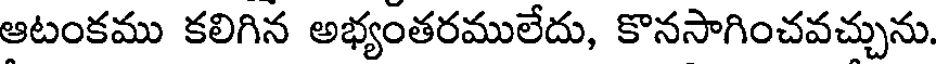
ఆటంకము కలిగిన అభ్యంతరములేదు, కొనసాగించవచ్చును.